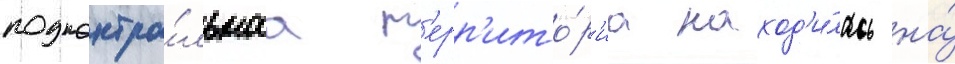
подконтро́льнаа т'ерр'ито́р'иа наход'и́лась на́